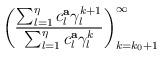
LaTeX: \begin{align*} \biggr(\frac{\sum_{l=1}^\eta c^{\bf a}_l\gamma_l^{k+1}}{\sum_{l=1}^\eta c^{\bf a}_l\gamma_l^{k}}\biggr)^\infty_{k=k_0+1}\end{align*}